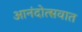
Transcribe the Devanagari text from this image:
आनंदोत्सवात